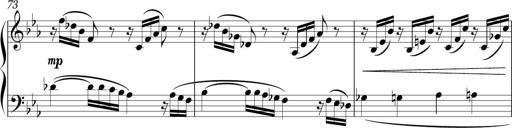
Title: Sonatina in E minor
Composer: Shuwen Zhang
Key: E minor